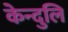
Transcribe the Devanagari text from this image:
केन्दुलि